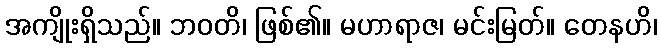
အကျိုးရှိသည်။ ဘဝတိ၊ ဖြစ်၏။ မဟာရာဇ၊ မင်းမြတ်။ တေနဟိ၊